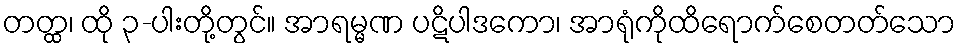
တတ္ထ၊ ထို ၃-ပါးတို့တွင်။ အာရမ္မဏ ပဋိပါဒကော၊ အာရုံကိုထိရောက်စေတတ်သော